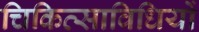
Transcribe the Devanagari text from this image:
चिकित्साविधियों